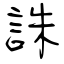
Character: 誅